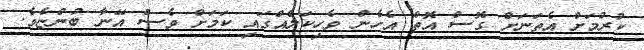
ކުރުމަށް އެތަނަށް ގޮސް އޮތް އެހެން ވެހިކަލެއްގައި ކަމަށް ވެސް އޭނާ ބުންޏެވެ.